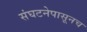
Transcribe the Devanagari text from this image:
संघटनेपासूनच